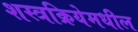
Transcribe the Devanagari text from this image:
शस्त्रक्रियेमधील